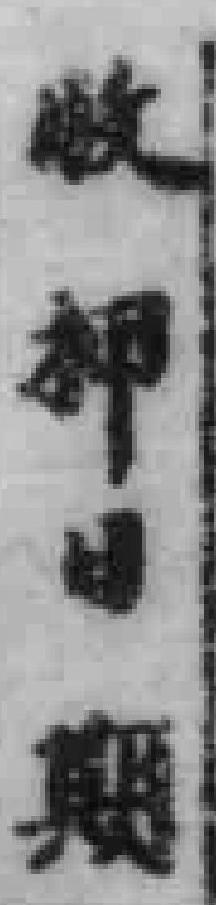
收押日期